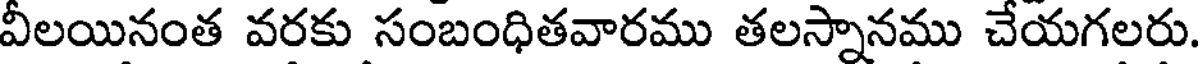
వీలయినంత వరకు సంబంధితవారము తలస్నానము చేయగలరు